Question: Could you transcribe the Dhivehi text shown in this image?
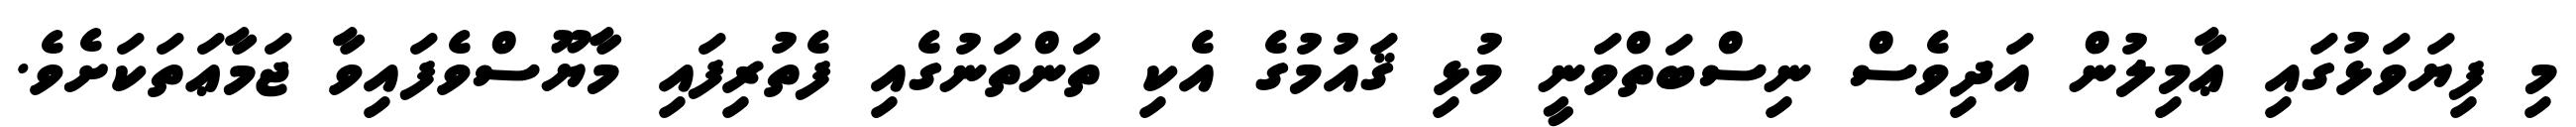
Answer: މި ފިޔަވަޅުގައި ޢާމިލުން އަދިވެސް ނިސްބަތްވަނީ މުޅި ޤައުމުގެ އެކި ތަންތަނުގެއި ފެތުރިފައި މާޔޫސްވެފައިވާ ޖަމާޢަތަކަށެވެ.